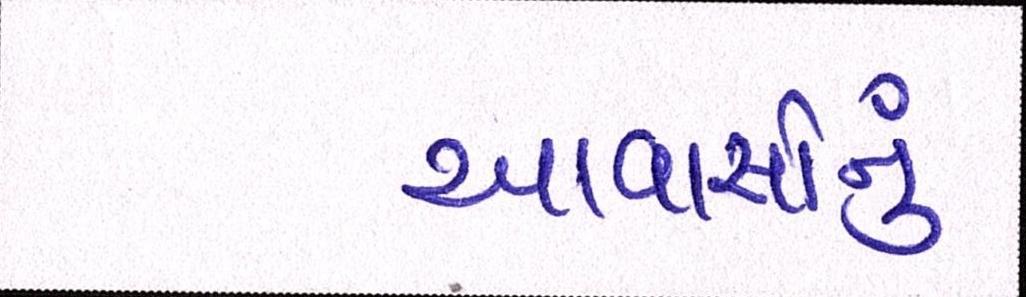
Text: આવાસોનું